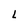
Character: L